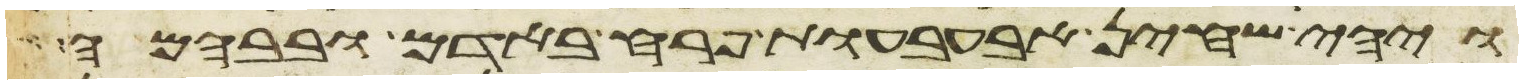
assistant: ויהי שחין אבעבעות פרח באדם ובבהמה